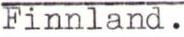
Finnland.